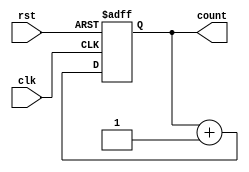
// --------------------------------------------------------------------
// >>>>>>>>>>>>>>>>>>>>>>>>> COPYRIGHT NOTICE <<<<<<<<<<<<<<<<<<<<<<<<<
// --------------------------------------------------------------------
// Github: https://github.com/abdelazeem201
// Description: Counter module
// Dependencies: 
// Since: 2023-01-05 15:16:50
// LastEditors: ahmed abdelazeem
// LastEditTime: 2023-01-05 15:16:50
// ********************************************************************
// Module Function:

module counter(
  input wire clk,rst,
  output reg [7:0] count
  );


always@(posedge clk or negedge rst)	// When will Always Block Be Triggered
begin
	if(!rst)
		// How Output reacts when Reset Is Asserted
		count=0;
	else
		// How Output reacts when Rising Edge of Clock Arrives?
		count=count+1;
end
endmodule